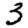
Digit: 3